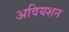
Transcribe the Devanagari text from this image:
अवियशन